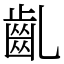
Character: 齓